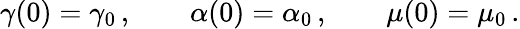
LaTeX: \gamma(0)=\gamma_{0}\, ,\qquad\alpha(0)=\alpha_{0}\, ,\qquad\mu(0)=\mu_{0}\, .